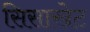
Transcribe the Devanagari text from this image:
सिसाखेट